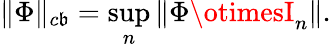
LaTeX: \| \Phi\| _{c\mathfrak{b}}=\operatorname*{sup}_{n}\| \Phi\otimesI_{n}\| .